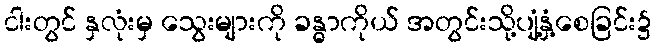
ငါးတွင် နှလုံးမှ သွေးများကို ခန္ဓာကိုယ် အတွင်းသို့ပျံ့နှံ့စေခြင်း၌